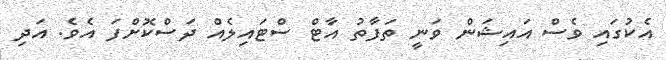
އެކުގައި ވެސް އައިޝަން ވަނީ ތަފާތު އާޓް ސްޓައިލެއް ދަސްކޮށްފަ އެވެ. އަދި